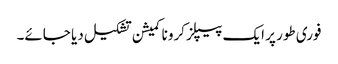
فوری طور پر ایک پیپلز کرونا کمیشن تشکیل دیا جائے۔